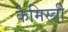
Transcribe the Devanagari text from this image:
केमिस्त्री